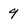
Character: 9